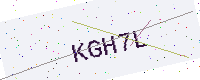
Text: KGH7L